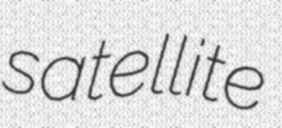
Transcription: satellite